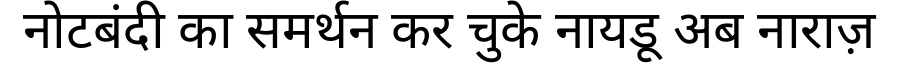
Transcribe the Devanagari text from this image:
नोटबंदी का समर्थन कर चुके नायडू अब नाराज़